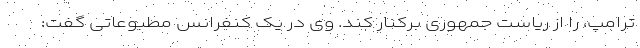
ترامپ، را از ریاست جمهوری برکنار کند. وی در یک کنفرانس مطبوعاتی گفت: